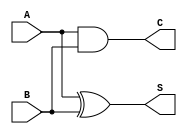
module threshold_half_adder (
    input wire A,  // First binary input
    input wire B,  // Second binary input
    output wire S, // Sum output
    output wire C  // Carry output
);

// Sum output (S) is 1 if exactly one of the inputs is 1
assign S = (A ^ B); // XOR operation

// Carry output (C) is 1 if both inputs are 1
assign C = (A & B); // AND operation

endmodule